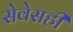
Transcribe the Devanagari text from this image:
सेवेसही